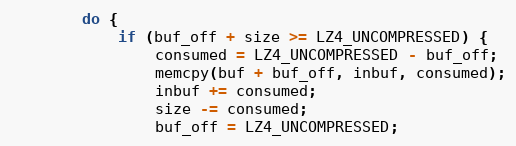
Language: C++
        do {
            if (buf_off + size >= LZ4_UNCOMPRESSED) {
                consumed = LZ4_UNCOMPRESSED - buf_off;
                memcpy(buf + buf_off, inbuf, consumed);
                inbuf += consumed;
                size -= consumed;
                buf_off = LZ4_UNCOMPRESSED;